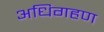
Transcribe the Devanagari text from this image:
अधिगहण